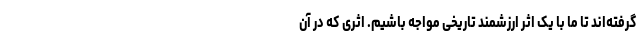
گرفته‌اند تا ما با یک اثر ارزشمند تاریخی مواجه باشیم. اثری که در آن